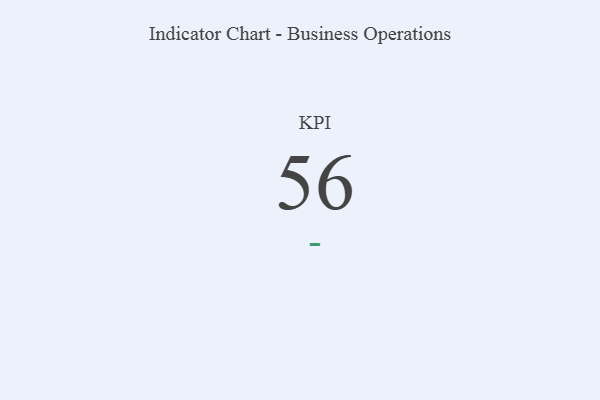
{"axis": {"x": "KPI", "y": "Value"}, "legend": [""], "data": [{"x": "KPI", "y": 56, "type": ""}]}